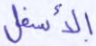
الأسفل